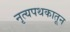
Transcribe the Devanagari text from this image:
नृत्यपथकातून